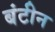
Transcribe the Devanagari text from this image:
बंटीन